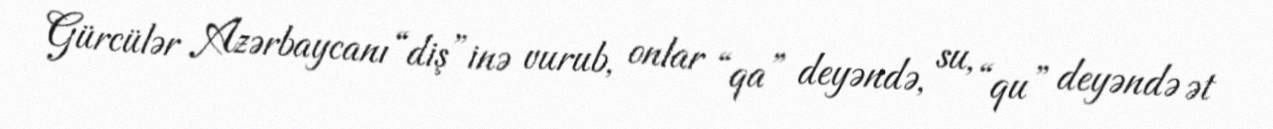
Gürcülər Azərbaycanı “diş”inə vurub, onlar “qa” deyəndə, su, “qu” deyəndə ət